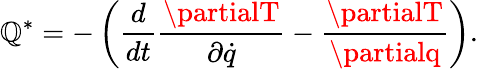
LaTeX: \mathbb{Q}^{*}=-\left({\frac{{d}}{{dt}}}{\frac{{\partialT}}{{\partial{\dot{{q}}}}}}-{\frac{{\partialT}}{{\partialq}}}\right).